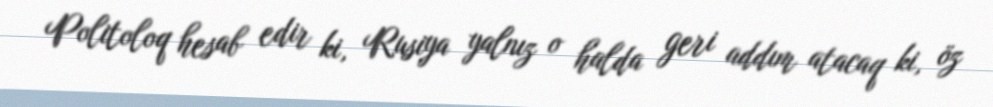
Politoloq hesab edir ki, Rusiya yalnız o halda geri addım atacaq ki, öz